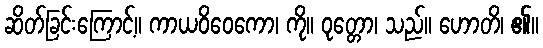
ဆိတ်ခြင်းကြောင့်။ ကာယဝိဝေကော၊ ကို။ ဝုတ္တော၊ သည်။ ဟောတိ၊ ၏။